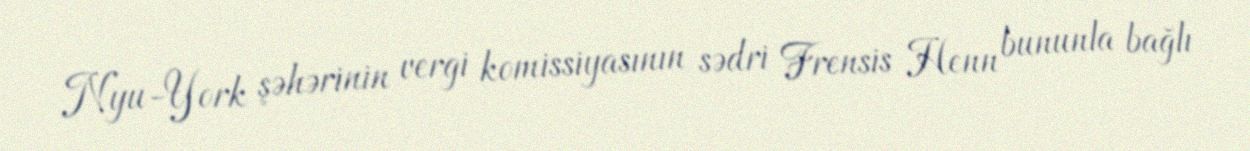
Nyu-York şəhərinin vergi komissiyasının sədri Frensis Henn bununla bağlı